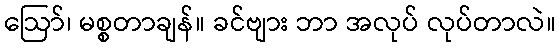
ဩော်၊ မစ္စတာချန်။ ခင်ဗျား ဘာ အလုပ် လုပ်တာလဲ။